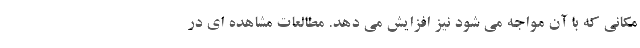
مکانی که با آن مواجه می شود نیز افزایش می دهد. مطالعات مشاهده ای در